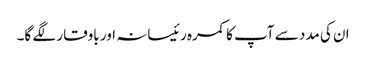
ان کی مدد سے آپ کا کمرہ رئیسانہ اور باوقار لگے گا۔